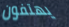
يهتفون